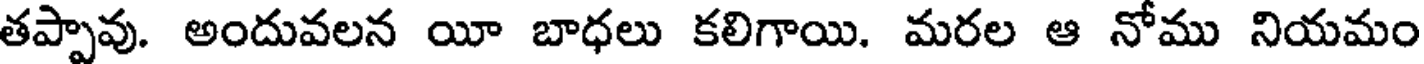
తప్పావు. అందువలన యీ బాధలు కలిగాయి. మరల ఆ నోము నియమం